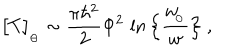
\big [ T \big ] _ { _ \ominus } \sim { \frac { \pi \hbar ^ { 2 } } { 2 } } \Phi ^ { 2 } \, \ln \Big \{ { \frac { w _ { \! _ { \odot } } } { w } } \Big \} \ ,